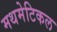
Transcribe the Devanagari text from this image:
मथमेटिकल